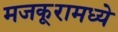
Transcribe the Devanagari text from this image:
मजकूरामध्ये